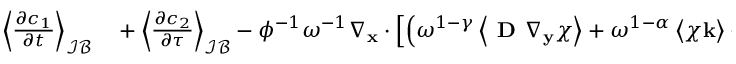
\begin{array} { r l } { \left\langle \frac { \partial c _ { 1 } } { \partial t } \right\rangle _ { \mathcal { I B } } } & { { } + \left\langle \frac { \partial c _ { 2 } } { \partial \tau } \right\rangle _ { \mathcal { I B } } - \phi ^ { - 1 } \omega ^ { - 1 } \nabla _ { \mathbf { x } } \cdot \left[ \left( \omega ^ { 1 - \gamma } \left\langle \textbf { D } \nabla _ { \mathbf y } \boldsymbol \chi \right\rangle + \omega ^ { 1 - \alpha } \left\langle \boldsymbol \chi \mathbf k \right\rangle \cdot \nabla _ { \mathbf x } P _ { 0 } \right) \cdot \nabla _ { \mathbf x } c _ { 0 } \right] } \end{array}